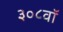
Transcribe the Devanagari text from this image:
३०८वॉ